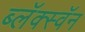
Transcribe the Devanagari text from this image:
ब्लॅक्स्वॅन